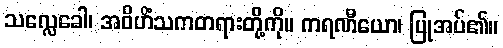
သလ္လေခေါ၊ အဝိဟိံသကတရားတို့ကို။ ကရဏီယော၊ ပြုအပ်၏။